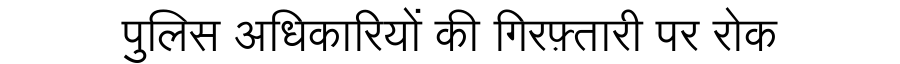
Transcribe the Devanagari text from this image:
पुलिस अधिकारियों की गिरफ़्तारी पर रोक